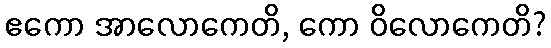
ဧကော အာလောကေတိ, ကော ဝိလောကေတိ?